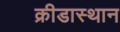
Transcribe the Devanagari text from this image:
क्रीडास्थान